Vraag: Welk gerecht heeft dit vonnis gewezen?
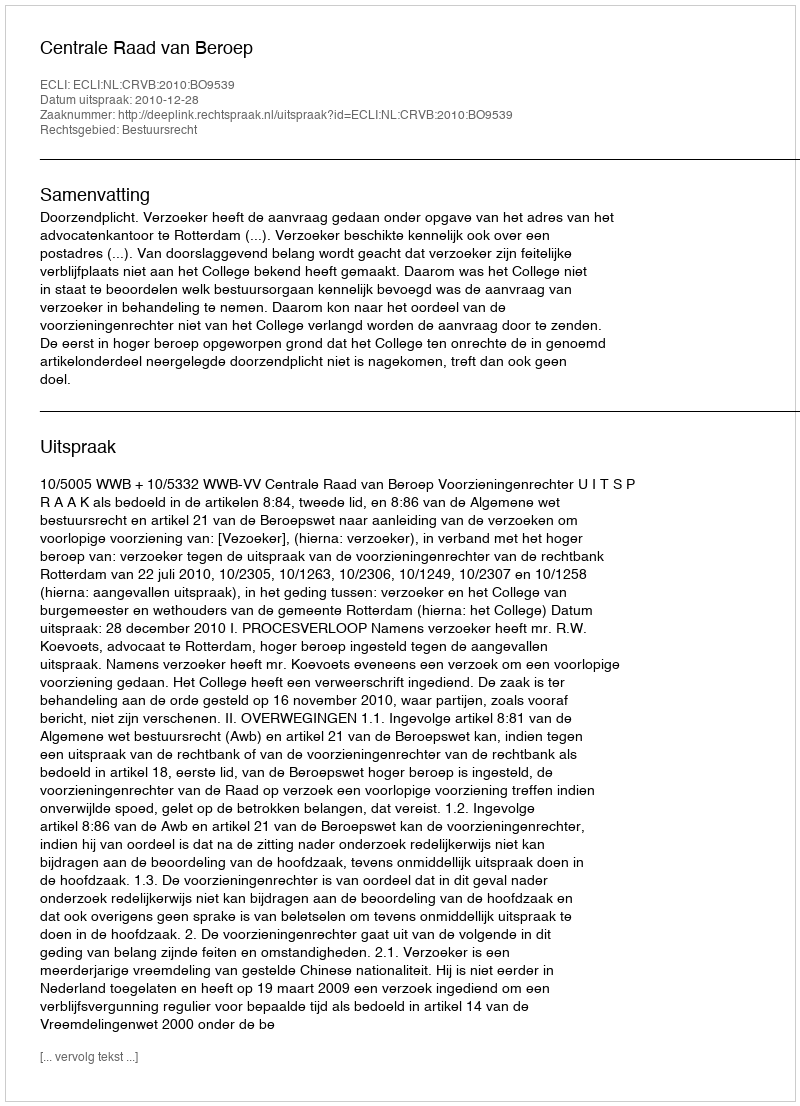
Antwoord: Centrale Raad van Beroep